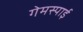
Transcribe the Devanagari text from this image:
गेमस्पाई